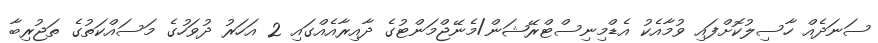
ސަނަދެއް ހާސިލުކޮށްފައި ވުމާއެކު އެޑްމިނިސްޓްރޭޝަން/މެނޭޖްމަންޓުގެ ދާއިރާއެއްގައި 2 އަހަރު ދުވަހުގެ މަސައްކަތުގެ ތަޖުރިބާ